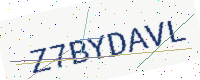
Text: Z7BYDAVL